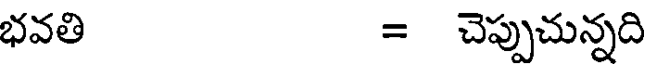
భవతి = చెప్పుచున్నది